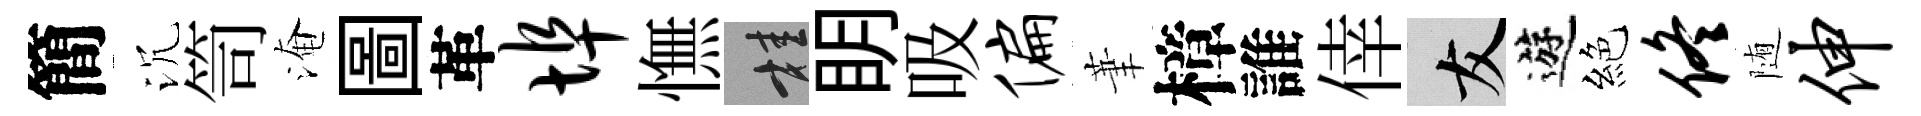
簡沉笥淹圖革埠憮桂眀吸偏茟樟誰倖友遊絕佟随伸